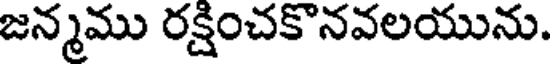
జన్మము రక్షించకొనవలయును.